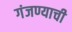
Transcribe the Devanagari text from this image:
गंजण्याची